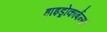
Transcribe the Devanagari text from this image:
हाइड्रोकार्बन्स।